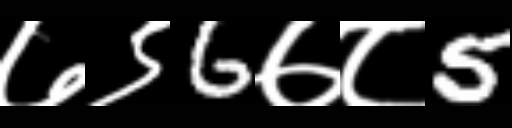
Text: ७९6७८5